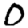
Digit: 0